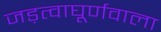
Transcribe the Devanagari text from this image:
जड़त्वाघूर्णवाला